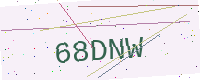
Text: 68DNW